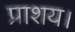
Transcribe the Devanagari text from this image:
प्राशय।